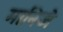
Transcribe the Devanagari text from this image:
मानिजे